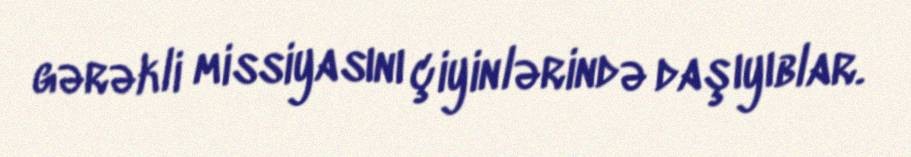
gərəkli missiyasını çiyinlərində daşıyıblar.